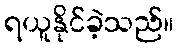
ရယူနိုင်ခဲ့သည်။